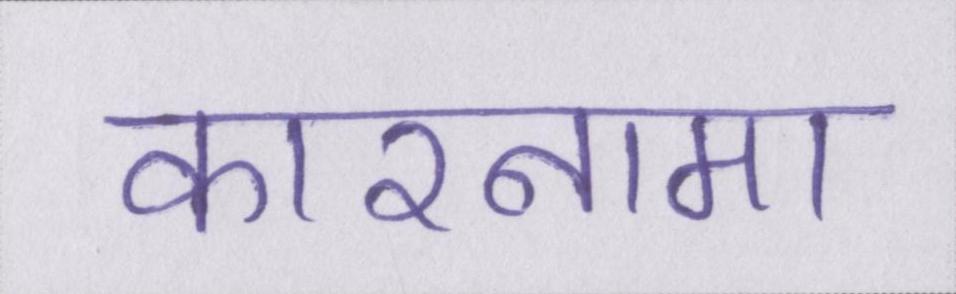
कारनामा